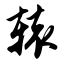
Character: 辕